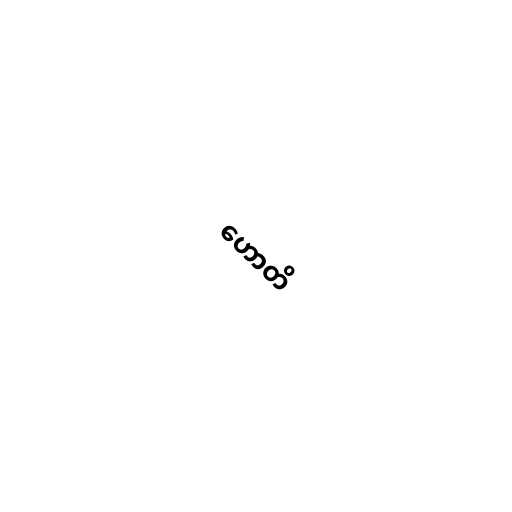
ဟောတိ